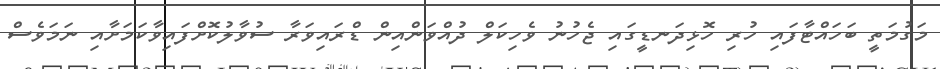
މަގުމަތީ ބަހައްޓާފައި ހުރި ހޮޅިދަނޑީގައި ޖެހުނު ވެހިކަލް ދުއްވަންއިން ޑްރައިވަރާ ސުވާލުކޮށްފައިވާކަމަށާއި ނަމަވެސް